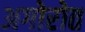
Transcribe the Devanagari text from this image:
अगोरोत